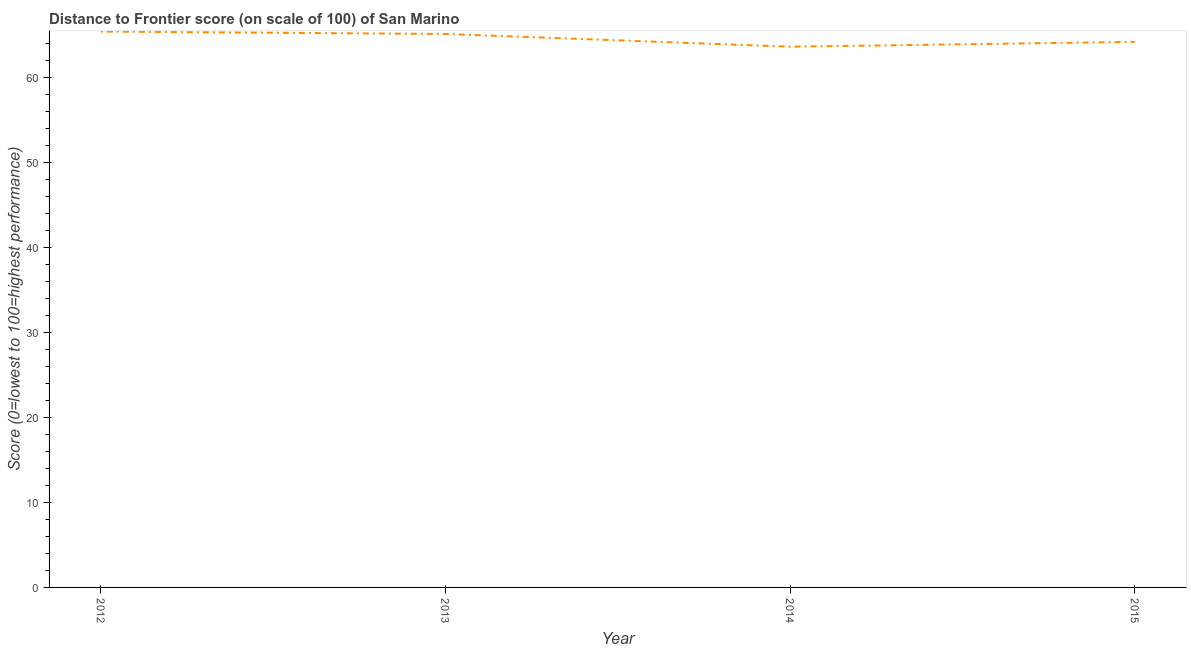
| Year | Distance to frontier score |
 | --- | --- |
 | 2012 | 65.4 |
 | 2013 | 65.1 |
 | 2014 | 63.6 |
 | 2015 | 64.2 |